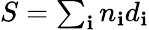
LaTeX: S=\textstyle\sum_{\mathbf{i}}n_{\mathbf{i}}d_{\mathbf{i}}